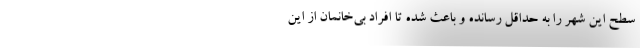
سطح این شهر را به حداقل رسانده و باعث شده تا افراد بی‌خانمان از این